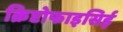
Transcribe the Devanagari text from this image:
क्रिप्टोफाइसिई